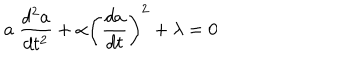
a \ \frac { d ^ { 2 } a } { d t ^ { 2 } } + \alpha \left( \frac { d a } { d t } \right) ^ { 2 } + \lambda = 0